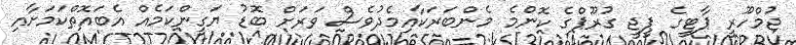
ޖުމްހޫރީ ޕާޓީގެ ޕީޖީ ގުރޫޕްގެ ކޮންމެ މެންބަރަކާއިމެދުވެސް ވަރަށް ބޮޑު ޔަގީންކަމެއް އެބައޮތްކަމަށާއި